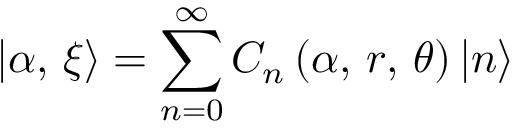
\left| \alpha , \, \xi \right\rangle = \sum _ { n = 0 } ^ { \infty } C _ { n } \left( \alpha , \, r , \, \theta \right) \left| n \right\rangle